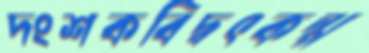
দংশকবিদ্বৎকল্প